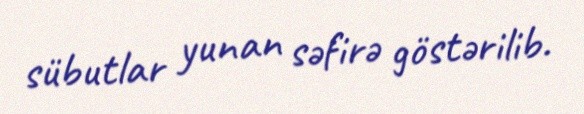
sübutlar yunan səfirə göstərilib.